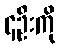
၄ဦးကို